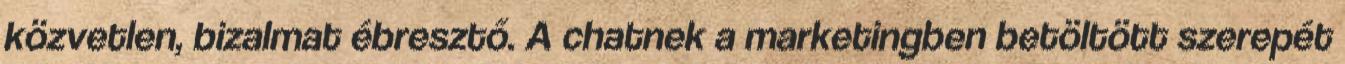
közvetlen, bizalmat ébresztő. A chatnek a marketingben betöltött szerepét